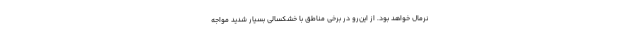
نرمال خواهد بود. از این‌رو در برخی مناطق با خشکسالی بسیار شدید مواجه